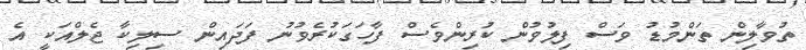
ތުވާލިން ތަންމުޑު ވަސް ފިލުވުން ކުރިންވެސް ފާހަގަކުރެވުނު ފަދައިން ސިލިކާ ޖެލްއަކީ އެ